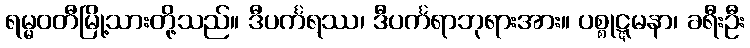
ရမ္မဝတီမြို့သားတို့သည်။ ဒီပင်္ကရဿ၊ ဒီပင်္ကရာဘုရားအား။ ပစ္စုဋ္ဋမနာ၊ ခရီးဦး